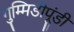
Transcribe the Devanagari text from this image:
गुम्मिडीपूंडी